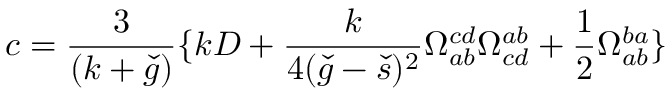
c = \frac { 3 } { ( k + \check { g } ) } \{ k D + \frac { k } { 4 ( \check { g } - \check { s } ) ^ { 2 } } \Omega _ { a b } ^ { c d } \Omega _ { c d } ^ { a b } + \frac { 1 } { 2 } \Omega _ { a b } ^ { b a } \}